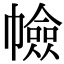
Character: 𢅐